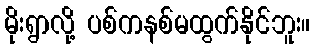
မိုးရွာလို့ ပစ်ကနစ်မထွက်နိုင်ဘူး။